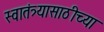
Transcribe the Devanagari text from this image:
स्वातंत्र्यासाठीच्या